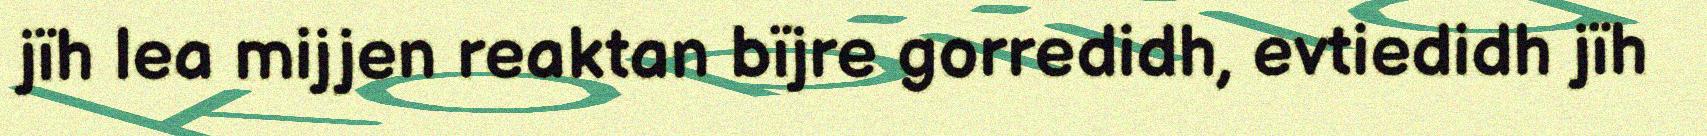
jïh lea mijjen reaktan bïjre gorredidh, evtiedidh jïh